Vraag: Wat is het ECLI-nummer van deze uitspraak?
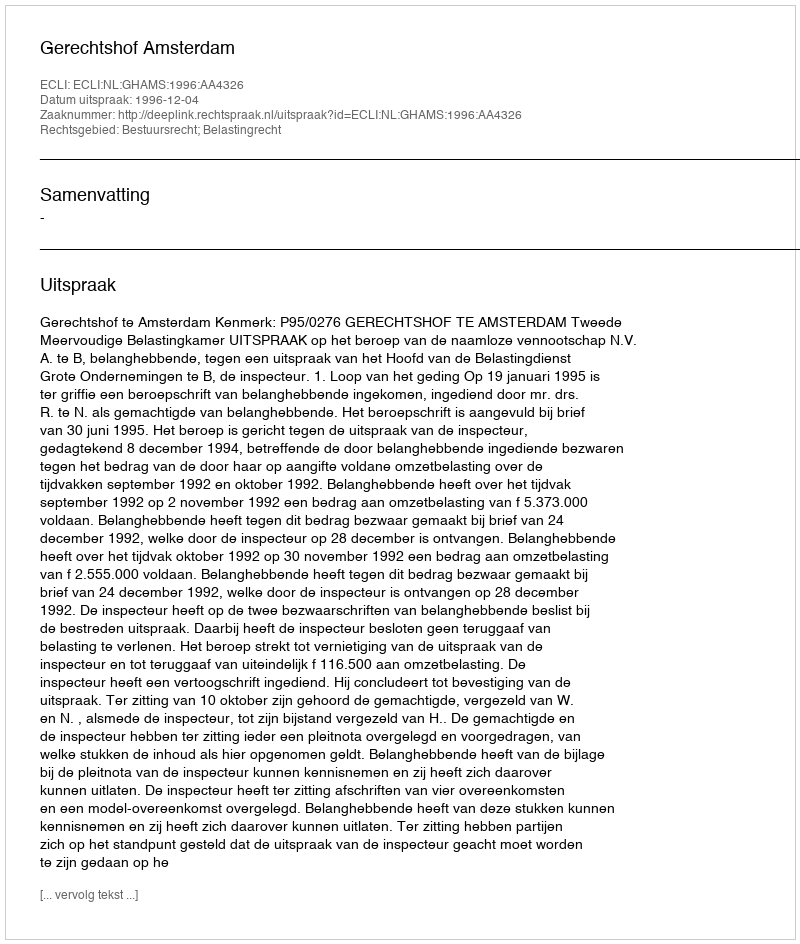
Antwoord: ECLI:NL:GHAMS:1996:AA4326